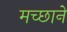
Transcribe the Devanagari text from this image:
मच्छाने